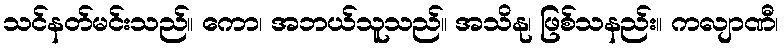
သင်နတ်မင်းသည်။ ကော၊ အဘယ်သူသည်။ အသိနု၊ ဖြစ်သနည်း။ ကလျာဏီ၊